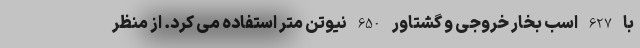
با 627 اسب بخار خروجی و گشتاور 650 نیوتن متر استفاده می کرد. از منظر